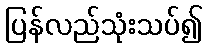
ပြန်လည်သုံးသပ်၍